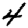
Digit: 4